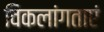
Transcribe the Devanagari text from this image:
विकलांगताएं